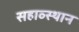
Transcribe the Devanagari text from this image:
सहाव्स्थान